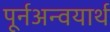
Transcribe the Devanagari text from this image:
पूर्नअन्वयार्थ